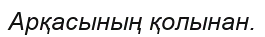
Арқасының қолынан.